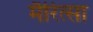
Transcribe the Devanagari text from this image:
मैरित्सा